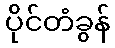
ပိုင်တံခွန်